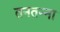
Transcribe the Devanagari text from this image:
तनतन्ना